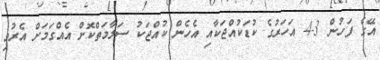
އޭގެ ފަހުން 3-4 އަހަރުގެ ކުޑަކުއްޖަކާއި އެހެން ކުއްޖަކު ސަލާމަތްކޮށް އެއްގަމަށް އެރުވި